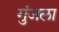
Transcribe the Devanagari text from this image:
गुंजला